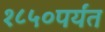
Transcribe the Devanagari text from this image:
१८५०पर्यंत